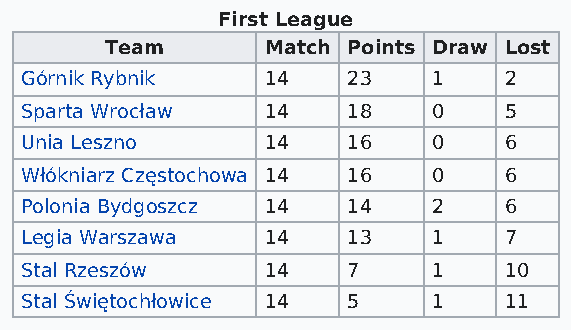
First League
 Team       Match Points Draw Lost
 Górnik Rybnik    14   23    1   2
 Sparta Wrocław   14   18    0   5
 Unia Leszno      14   16    0   6
 Włókniarz Częstochowa 14 16 0   6
 Polonia Bydgoszcz 14  14    2   6
 Legia Warszawa   14   13    1   7
 Stal Rzeszów     14   7     1   10
 Stal Świętochłowice 14 5    1   11